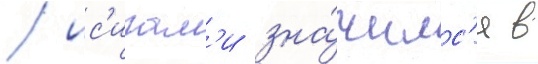
/ ис'игам'и зна́чилс'я в